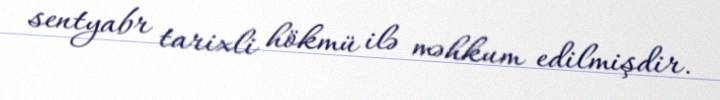
sentyabr tarixli hökmü ilə məhkum edilmişdir.